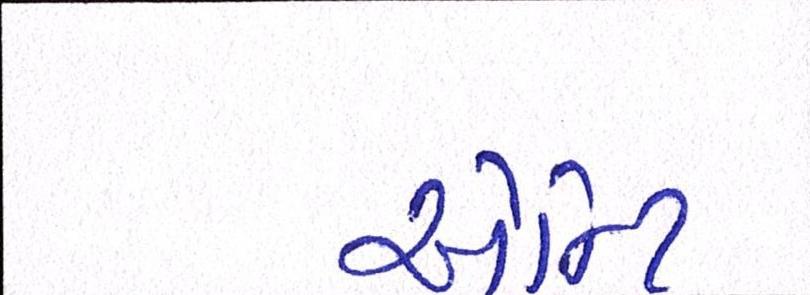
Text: એન્ટિ